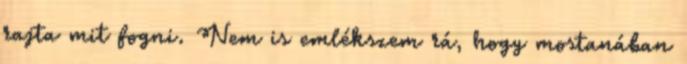
rajta mit fogni. Nem is emlékszem rá, hogy mostanában